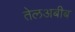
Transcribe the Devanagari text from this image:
तेलअबीब